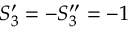
S _ { 3 } ^ { \prime } = - S _ { 3 } ^ { \prime \prime } = - 1